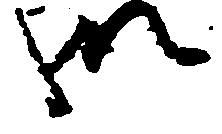
御